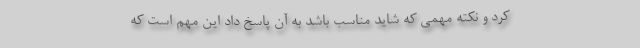
کرد و نکته مهمی که شاید مناسب باشد به آن پاسخ داد این مهم است که